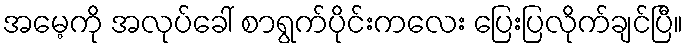
အမေ့ကို အလုပ်ခေါ် စာရွက်ပိုင်းကလေး ပြေးပြလိုက်ချင်ပြီ။